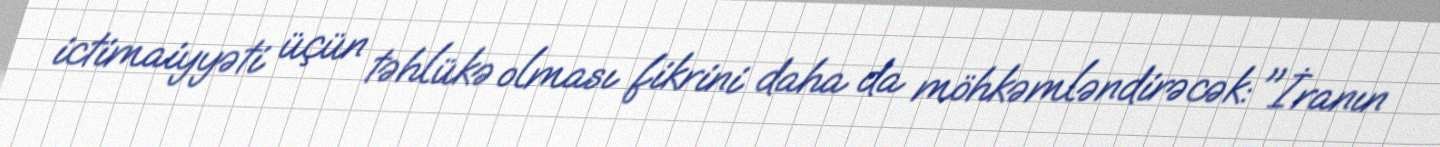
ictimaiyyəti üçün təhlükə olması fikrini daha da möhkəmləndirəcək: "İranın